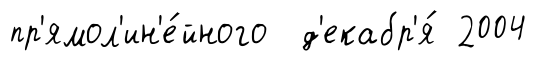
пр'ямол'ин'е́йного д'екабр'я́ 2004